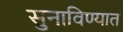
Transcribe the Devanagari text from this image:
सुनाविण्यात